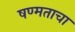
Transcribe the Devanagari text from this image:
षण्मताचा